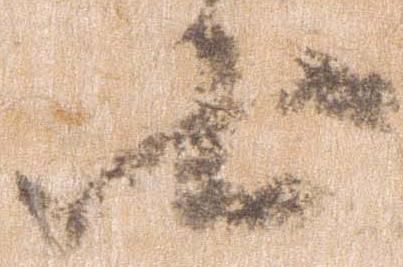
七